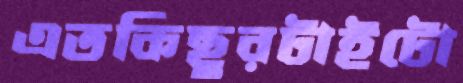
এতকিছুরটাইটো